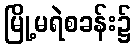
မြို့မရဲစခန်း၌